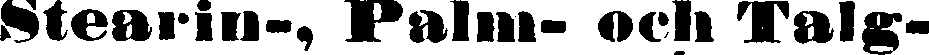
stearin-, Palm- och Talg-